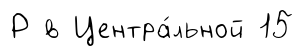
Р в Центра́льной 15